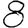
Digit: 8